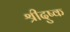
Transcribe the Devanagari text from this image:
श्रीदुष्क